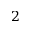
2